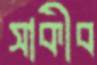
সাকীব